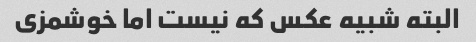
البته شبیه عکس که نیست اما خوشمزی